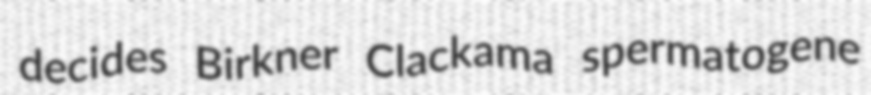
decides Birkner Clackama spermatogene